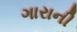
ગારાની